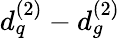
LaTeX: d_{q}^{(2)}-d_{g}^{(2)}